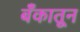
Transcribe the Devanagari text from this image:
बँकातून